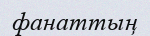
фанаттың